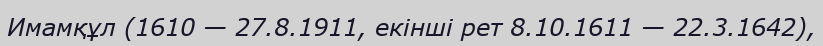
Имамқұл (1610 — 27.8.1911, екінші рет 8.10.1611 — 22.3.1642),